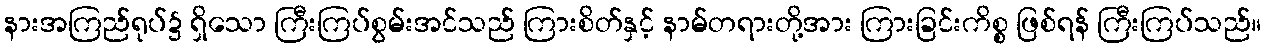
နားအကြည်ရုပ်၌ ရှိသော ကြီးကြပ်စွမ်းအင်သည် ကြားစိတ်နှင့် နာမ်တရားတို့အား ကြားခြင်းကိစ္စ ဖြစ်ရန် ကြီးကြပ်သည်။